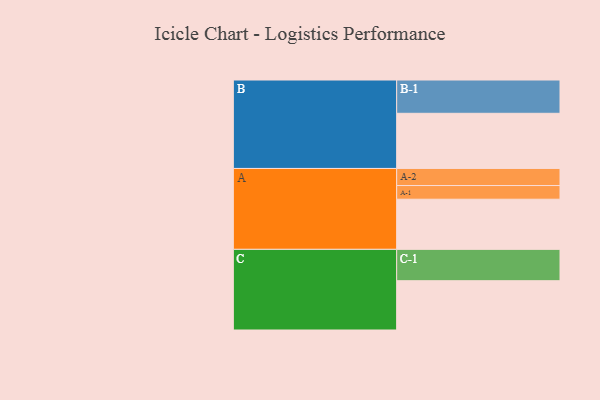
{"axis": {"x": "Segment", "y": "Value"}, "legend": ["", "A", "B", "C"], "data": [{"x": "A", "y": 411, "type": ""}, {"x": "B", "y": 452, "type": ""}, {"x": "C", "y": 404, "type": ""}, {"x": "A-1", "y": 112, "type": "A"}, {"x": "A-2", "y": 140, "type": "A"}, {"x": "B-1", "y": 273, "type": "B"}, {"x": "C-1", "y": 257, "type": "C"}]}